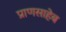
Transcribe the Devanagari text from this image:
प्राणसाहेब